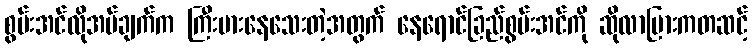
စွမ်းအင်လိုအပ်ချက်က ကြီးမားနေသေးတဲ့အတွက် နေရောင်ခြည်စွမ်းအင်ကို ဆိုလာပြားကတဆင့်